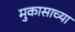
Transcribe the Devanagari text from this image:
मुकासाच्या